Bombay plague: being a history of the progress of plague in the Bombay presidency from September 1896 to June 1899
Year: 1896
Disease focus: Plague
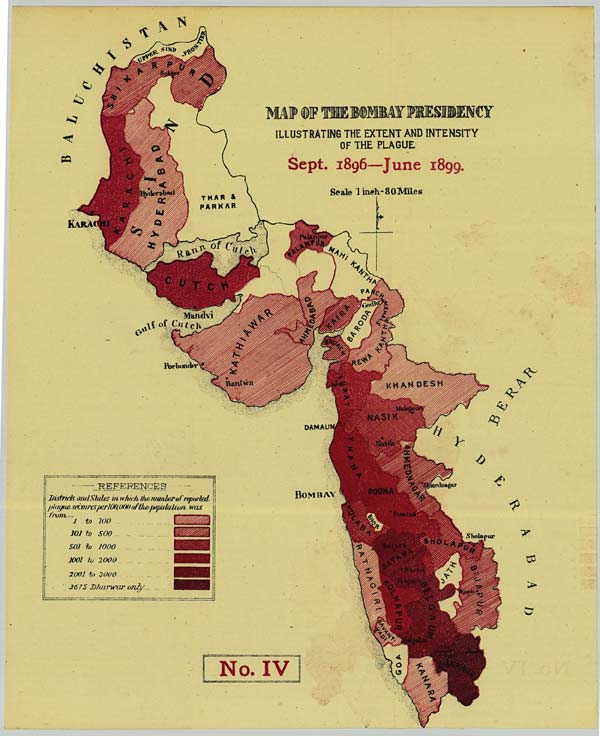
No. IV